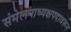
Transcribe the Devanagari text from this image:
संमेलनाध्यक्षपदावरून